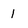
Character: 1